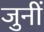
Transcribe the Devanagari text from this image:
जुनीं